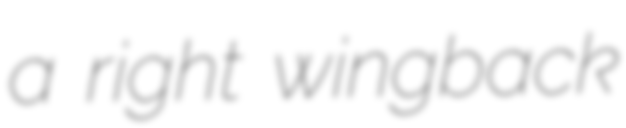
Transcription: a right wingback